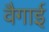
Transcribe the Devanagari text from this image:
वैगाई